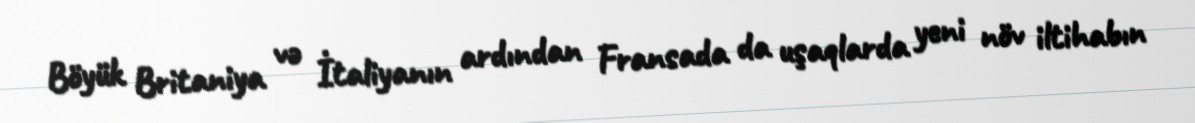
Böyük Britaniya və İtaliyanın ardından Fransada da uşaqlarda yeni növ iltihabın